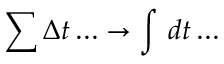
\sum \Delta t \ldots \rightarrow \int \, d t \ldots